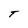
Character: T